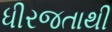
ધીરજતાથી